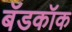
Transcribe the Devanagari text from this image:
बॅडकॉक